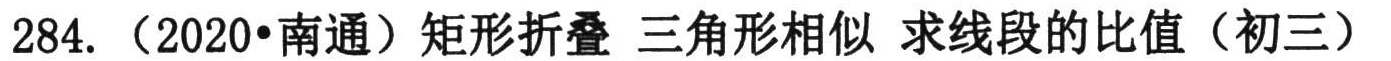
284. （2020•南通）矩形折叠 三角形相似 求线段的比值（初三）